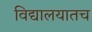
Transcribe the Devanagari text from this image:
विद्यालयातच